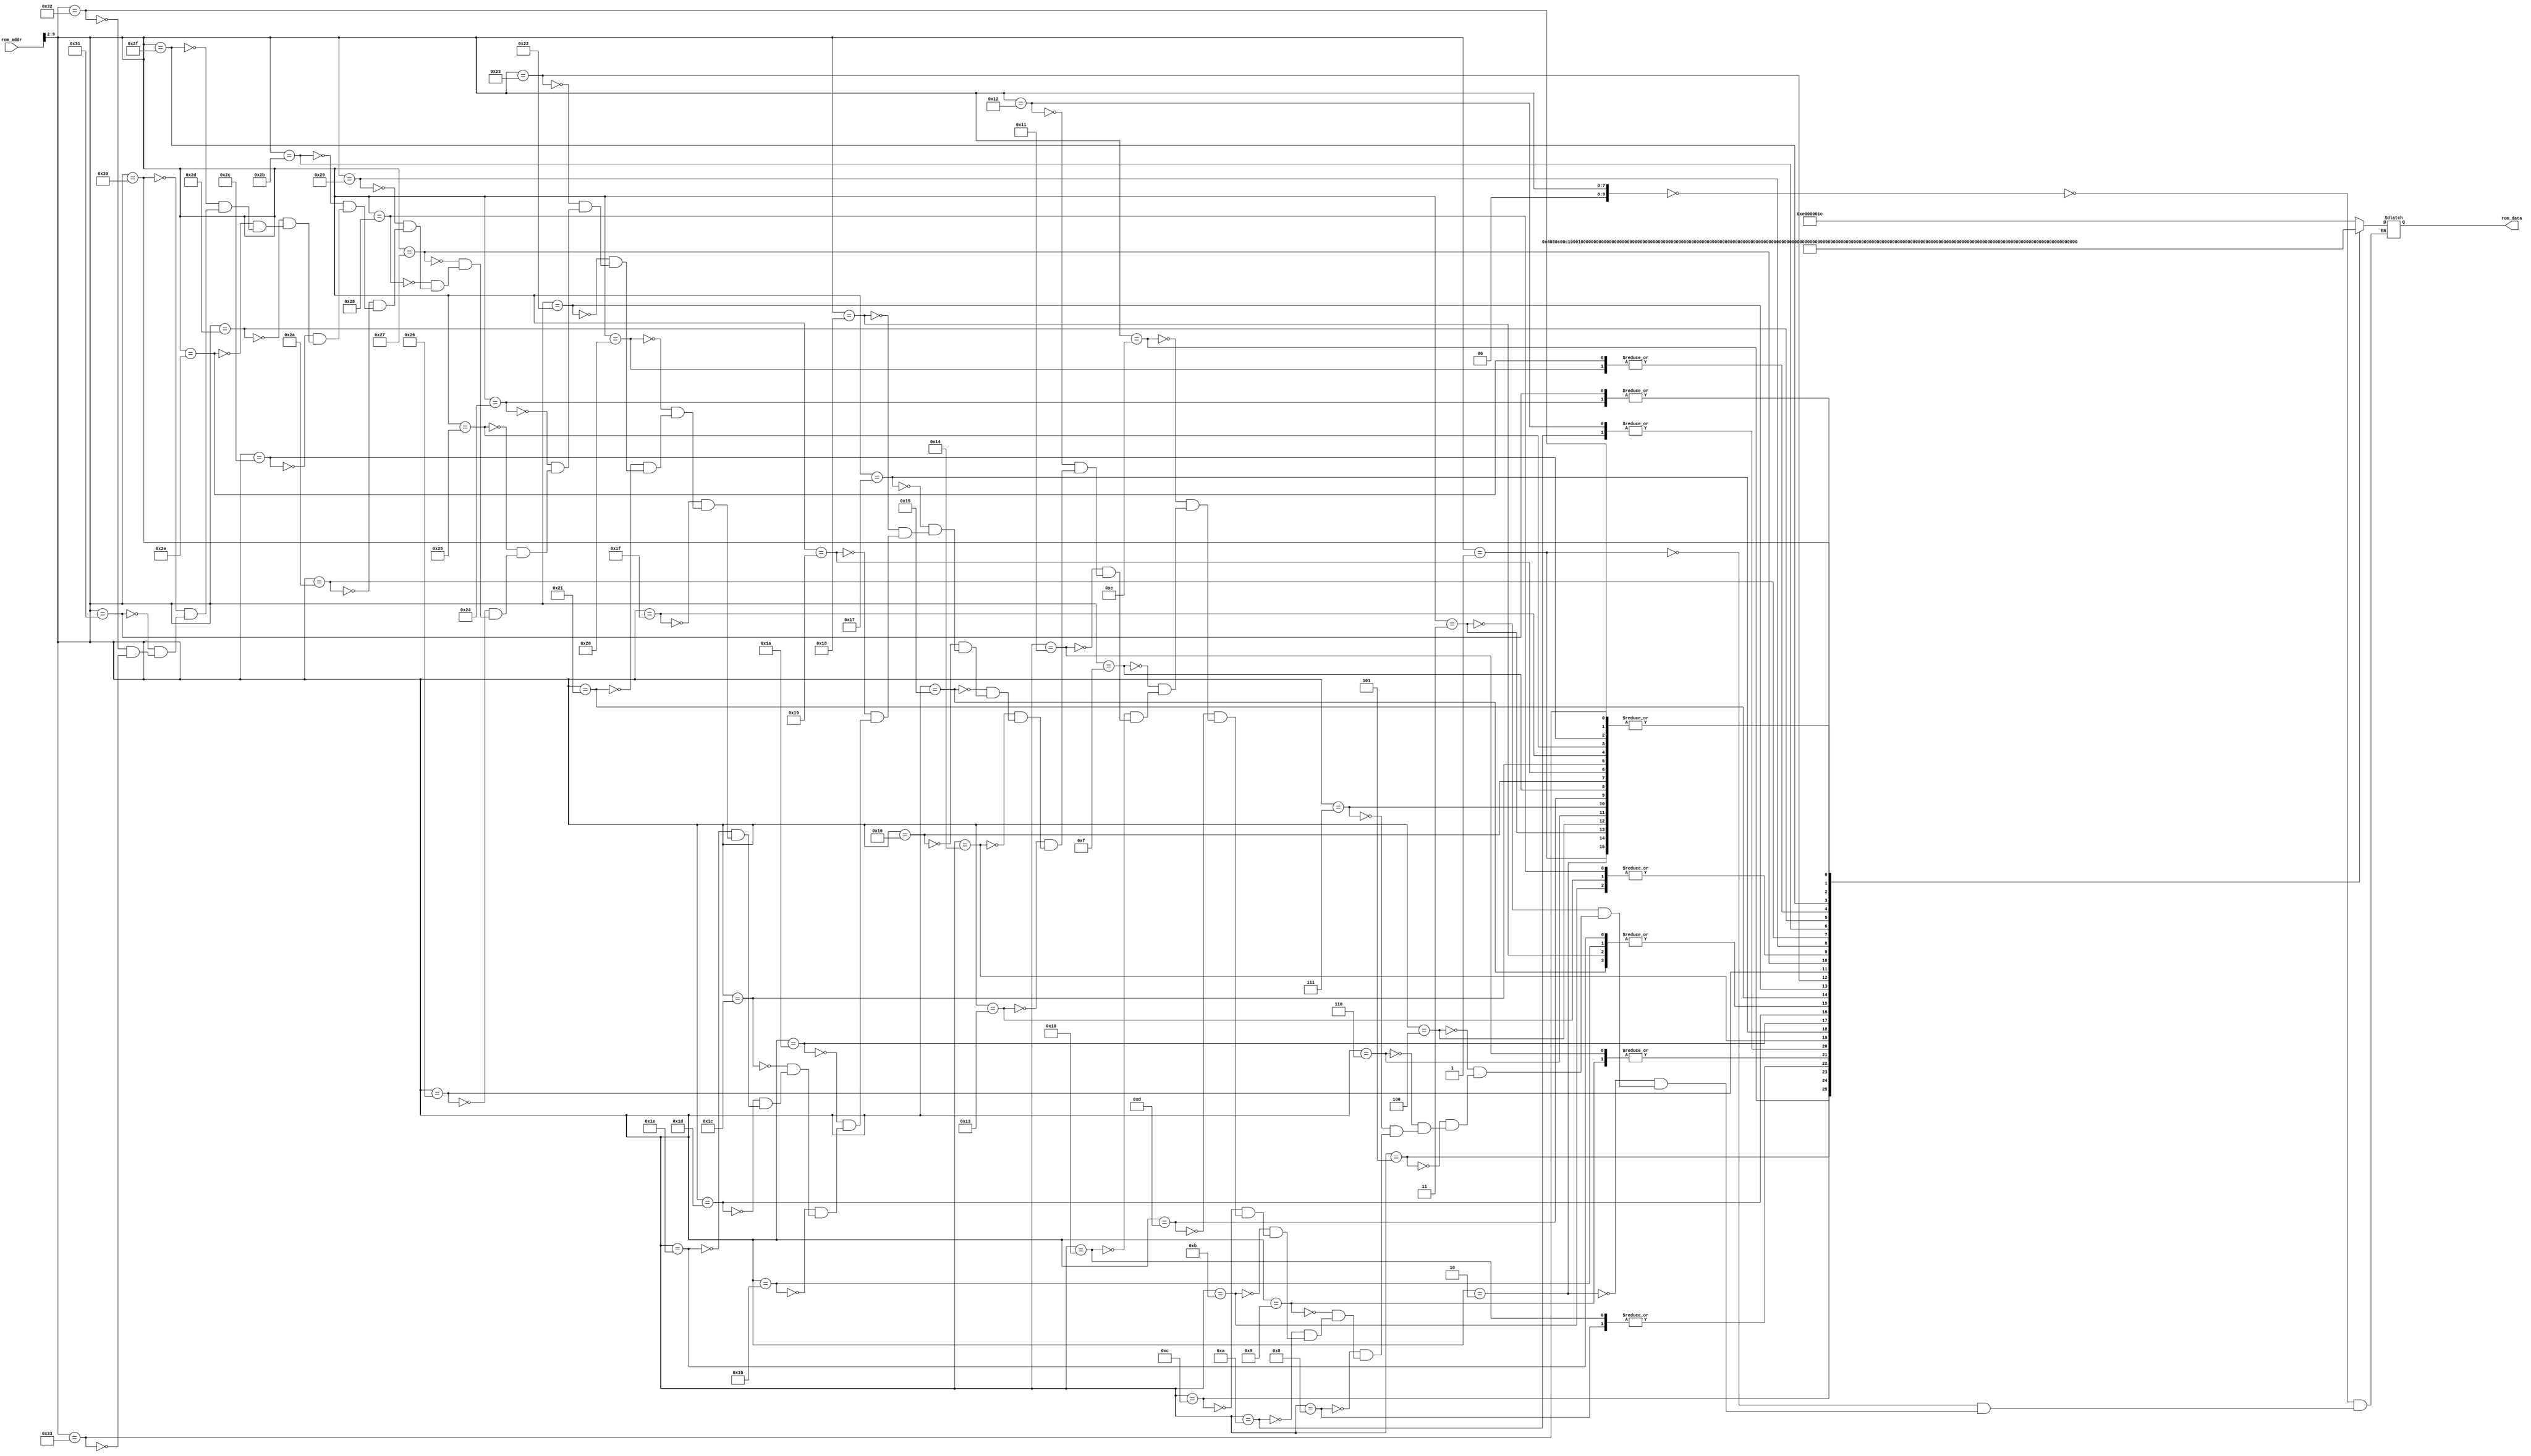
/*******************/
/* rom8x1024_sim.v */
/*******************/

//                  +----+
//  rom_addr[11:0]->|    |->rom_data[31:0]
//                  +----+

//
// ROM
//

module rom8x1024_sim (rom_addr, rom_data);

  input   [11:0]  rom_addr;  // 12-bit 
  output  [31:0]  rom_data;  // 32-bit 

  reg     [31:0]  data;

  // Wire
  wire     [9:0]  word_addr; // 10-bit address, word

  assign word_addr = rom_addr[9:2];
   
  always @(word_addr) begin
    case (word_addr)
      10'h000: data = 32'he000001c; // 00400000: other type! opcode=56(10)
      10'h001: data = 32'h00000000; // 00400004: SLL, REG[0]<=REG[0]<<0;
      10'h002: data = 32'h00000000; // 00400008: SLL, REG[0]<=REG[0]<<0;
      10'h003: data = 32'h00000000; // 0040000c: SLL, REG[0]<=REG[0]<<0;
      10'h004: data = 32'h00000000; // 00400010: SLL, REG[0]<=REG[0]<<0;
      10'h005: data = 32'h004080c0; // 00400014: SLL, REG[16]<=REG[0]<<3;
      10'h006: data = 32'h00000000; // 00400018: SLL, REG[0]<=REG[0]<<0;
      10'h007: data = 32'h00000000; // 0040001c: SLL, REG[0]<=REG[0]<<0;
      10'h008: data = 32'h27bdffe8; // 00400020: ADDIU, REG[29]<=REG[29]+65512(=0x0000ffe8);
      10'h009: data = 32'hafbf0014; // 00400024: SW, RAM[REG[29]+20]<=REG[31];
      10'h00a: data = 32'hafbe0010; // 00400028: SW, RAM[REG[29]+16]<=REG[30];
      10'h00b: data = 32'h03a0f021; // 0040002c: ADDU, REG[30]<=REG[29]+REG[0];
      10'h00c: data = 32'h0c100010; // 00400030: JAL, PC<=0x00100010*4(=0x00400040); REG[31]<=PC+4
      10'h00d: data = 32'h00000000; // 00400034: SLL, REG[0]<=REG[0]<<0;
      10'h00e: data = 32'h0810000c; // 00400038: J, PC<=0x0010000c*4(=0x00400030);
      10'h00f: data = 32'h00000000; // 0040003c: SLL, REG[0]<=REG[0]<<0;
      10'h010: data = 32'h27bdffe8; // 00400040: ADDIU, REG[29]<=REG[29]+65512(=0x0000ffe8);
      10'h011: data = 32'hafbf0014; // 00400044: SW, RAM[REG[29]+20]<=REG[31];
      10'h012: data = 32'hafbe0010; // 00400048: SW, RAM[REG[29]+16]<=REG[30];
      10'h013: data = 32'h03a0f021; // 0040004c: ADDU, REG[30]<=REG[29]+REG[0];
      10'h014: data = 32'h24040008; // 00400050: ADDIU, REG[4]<=REG[0]+8(=0x00000008);
      10'h015: data = 32'h0c100026; // 00400054: JAL, PC<=0x00100026*4(=0x00400098); REG[31]<=PC+4
      10'h016: data = 32'h00000000; // 00400058: SLL, REG[0]<=REG[0]<<0;
      10'h017: data = 32'h24040004; // 0040005c: ADDIU, REG[4]<=REG[0]+4(=0x00000004);
      10'h018: data = 32'h0c100026; // 00400060: JAL, PC<=0x00100026*4(=0x00400098); REG[31]<=PC+4
      10'h019: data = 32'h00000000; // 00400064: SLL, REG[0]<=REG[0]<<0;
      10'h01a: data = 32'h24040002; // 00400068: ADDIU, REG[4]<=REG[0]+2(=0x00000002);
      10'h01b: data = 32'h0c100026; // 0040006c: JAL, PC<=0x00100026*4(=0x00400098); REG[31]<=PC+4
      10'h01c: data = 32'h00000000; // 00400070: SLL, REG[0]<=REG[0]<<0;
      10'h01d: data = 32'h24040001; // 00400074: ADDIU, REG[4]<=REG[0]+1(=0x00000001);
      10'h01e: data = 32'h0c100026; // 00400078: JAL, PC<=0x00100026*4(=0x00400098); REG[31]<=PC+4
      10'h01f: data = 32'h00000000; // 0040007c: SLL, REG[0]<=REG[0]<<0;
      10'h020: data = 32'h03c0e821; // 00400080: ADDU, REG[29]<=REG[30]+REG[0];
      10'h021: data = 32'h8fbf0014; // 00400084: LW, REG[31]<=RAM[REG[29]+20];
      10'h022: data = 32'h8fbe0010; // 00400088: LW, REG[30]<=RAM[REG[29]+16];
      10'h023: data = 32'h27bd0018; // 0040008c: ADDIU, REG[29]<=REG[29]+24(=0x00000018);
      10'h024: data = 32'h03e00008; // 00400090: JR, PC<=REG[31];
      10'h025: data = 32'h00000000; // 00400094: SLL, REG[0]<=REG[0]<<0;
      10'h026: data = 32'h27bdfff0; // 00400098: ADDIU, REG[29]<=REG[29]+65520(=0x0000fff0);
      10'h027: data = 32'hafbe0008; // 0040009c: SW, RAM[REG[29]+8]<=REG[30];
      10'h028: data = 32'h03a0f021; // 004000a0: ADDU, REG[30]<=REG[29]+REG[0];
      10'h029: data = 32'hafc40010; // 004000a4: SW, RAM[REG[30]+16]<=REG[4];
      10'h02a: data = 32'h24030320; // 004000a8: ADDIU, REG[3]<=REG[0]+800(=0x00000320);
      10'h02b: data = 32'h8fc20010; // 004000ac: LW, REG[2]<=RAM[REG[30]+16];
      10'h02c: data = 32'h00000000; // 004000b0: SLL, REG[0]<=REG[0]<<0;
      10'h02d: data = 32'hac620000; // 004000b4: SW, RAM[REG[3]+0]<=REG[2];
      10'h02e: data = 32'h03c0e821; // 004000b8: ADDU, REG[29]<=REG[30]+REG[0];
      10'h02f: data = 32'h8fbe0008; // 004000bc: LW, REG[30]<=RAM[REG[29]+8];
      10'h030: data = 32'h27bd0010; // 004000c0: ADDIU, REG[29]<=REG[29]+16(=0x00000010);
      10'h031: data = 32'h03e00008; // 004000c4: JR, PC<=REG[31];
      10'h032: data = 32'h00000000; // 004000c8: SLL, REG[0]<=REG[0]<<0;
      10'h033: data = 32'h00000000; // 004000cc: SLL, REG[0]<=REG[0]<<0;
    endcase
  end

  assign rom_data = data;
endmodule